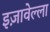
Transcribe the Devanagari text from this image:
इज़ावेल्ला